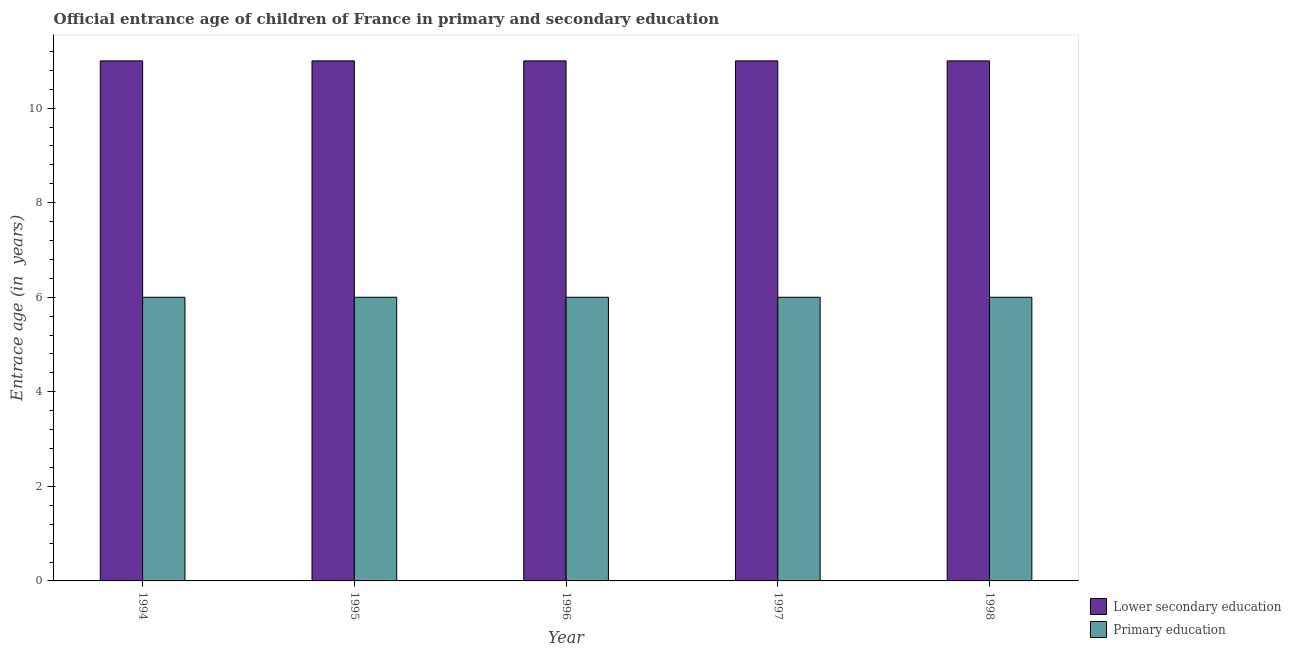
| Year | Lower secondary education | Primary education |
 | --- | --- | --- |
 | 1994 | 11 | 6 |
 | 1995 | 11 | 6 |
 | 1996 | 11 | 6 |
 | 1997 | 11 | 6 |
 | 1998 | 11 | 6 |